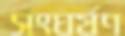
সংঘর্ষণ